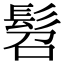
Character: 髫